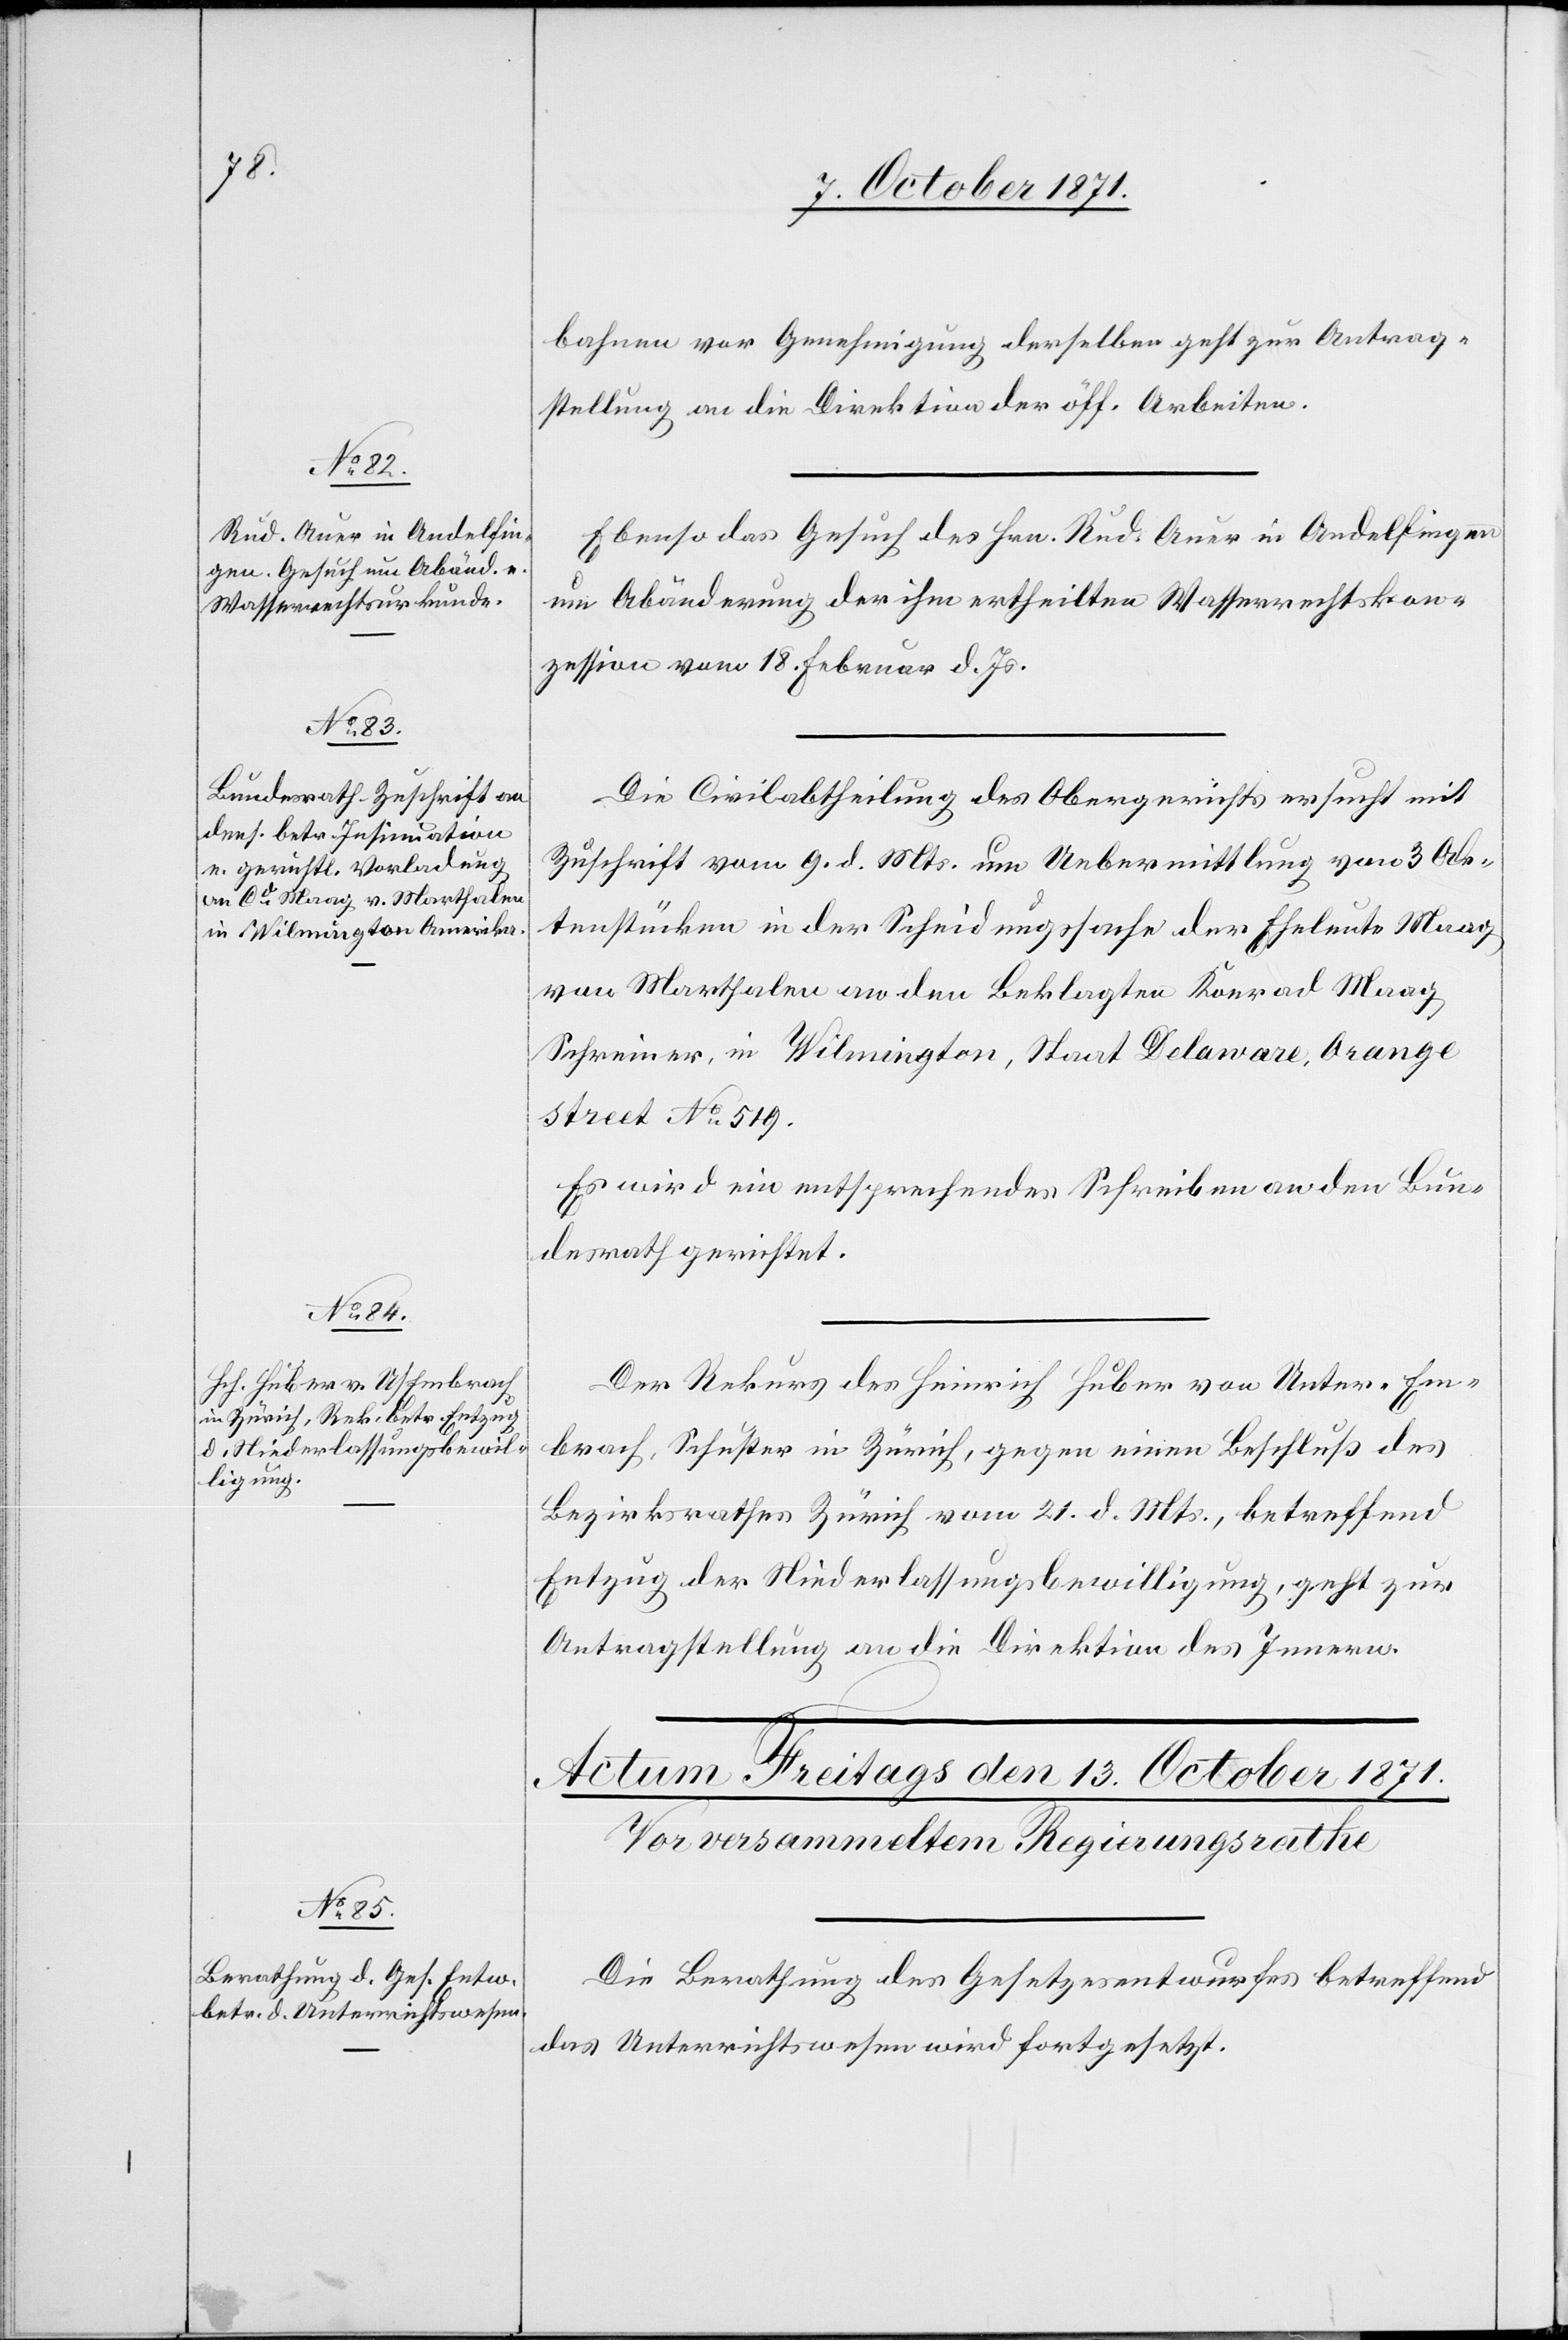
12. October 1871.]
bahnen vor Genehmigung derselben geht zur Antrag¬
stellung an die Direktion der öff. Arbeiten.
Ebenso das Gesuch des Hrn. Rud. Auer in Andelfingen
um Abänderung der ihm ertheilten Wasserrechtskon¬
zession vom 18. Februar d. Js.
Die Civilabtheilung des Obergerichts ersucht mit
Zuschrift vom 9. d. Mts. um Uebermittlung von 3 Ak¬
tenstücken in der Scheidungssache der Eheleute Maag
von Marthalen an den Beklagten Konrad [sic!]
Schreiner, in Wilmington, Staat Delaware, Orange
street No 519.
Es wird ein entsprechendes Schreiben an den Bun¬
desrath gerichtet.
Der Rekurs des Heinrich Huber von Unter-Em¬
brach, Schuster in Zürich, gegen einen Beschluß des
Bezirksrathes Zürich vom 21. d. Mts, betreffend
Entzug der Niederlassungsbewilligung, geht zur
Antragstellung an die Direktion des Innern.
Die Berathung des Gesetzesentwurfes betreffend
das Unterrichtswesen wird fortgesetzt.